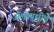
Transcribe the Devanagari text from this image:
अॅलोपथीचे